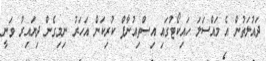
ދައުލަތުން އެ މައްސަލަ ހައިކޯޓުގައި އިސްތިއުނާފް ކުރިކަން އަހަރު ނިމިގެން ދިޔައިރު ވަނީ